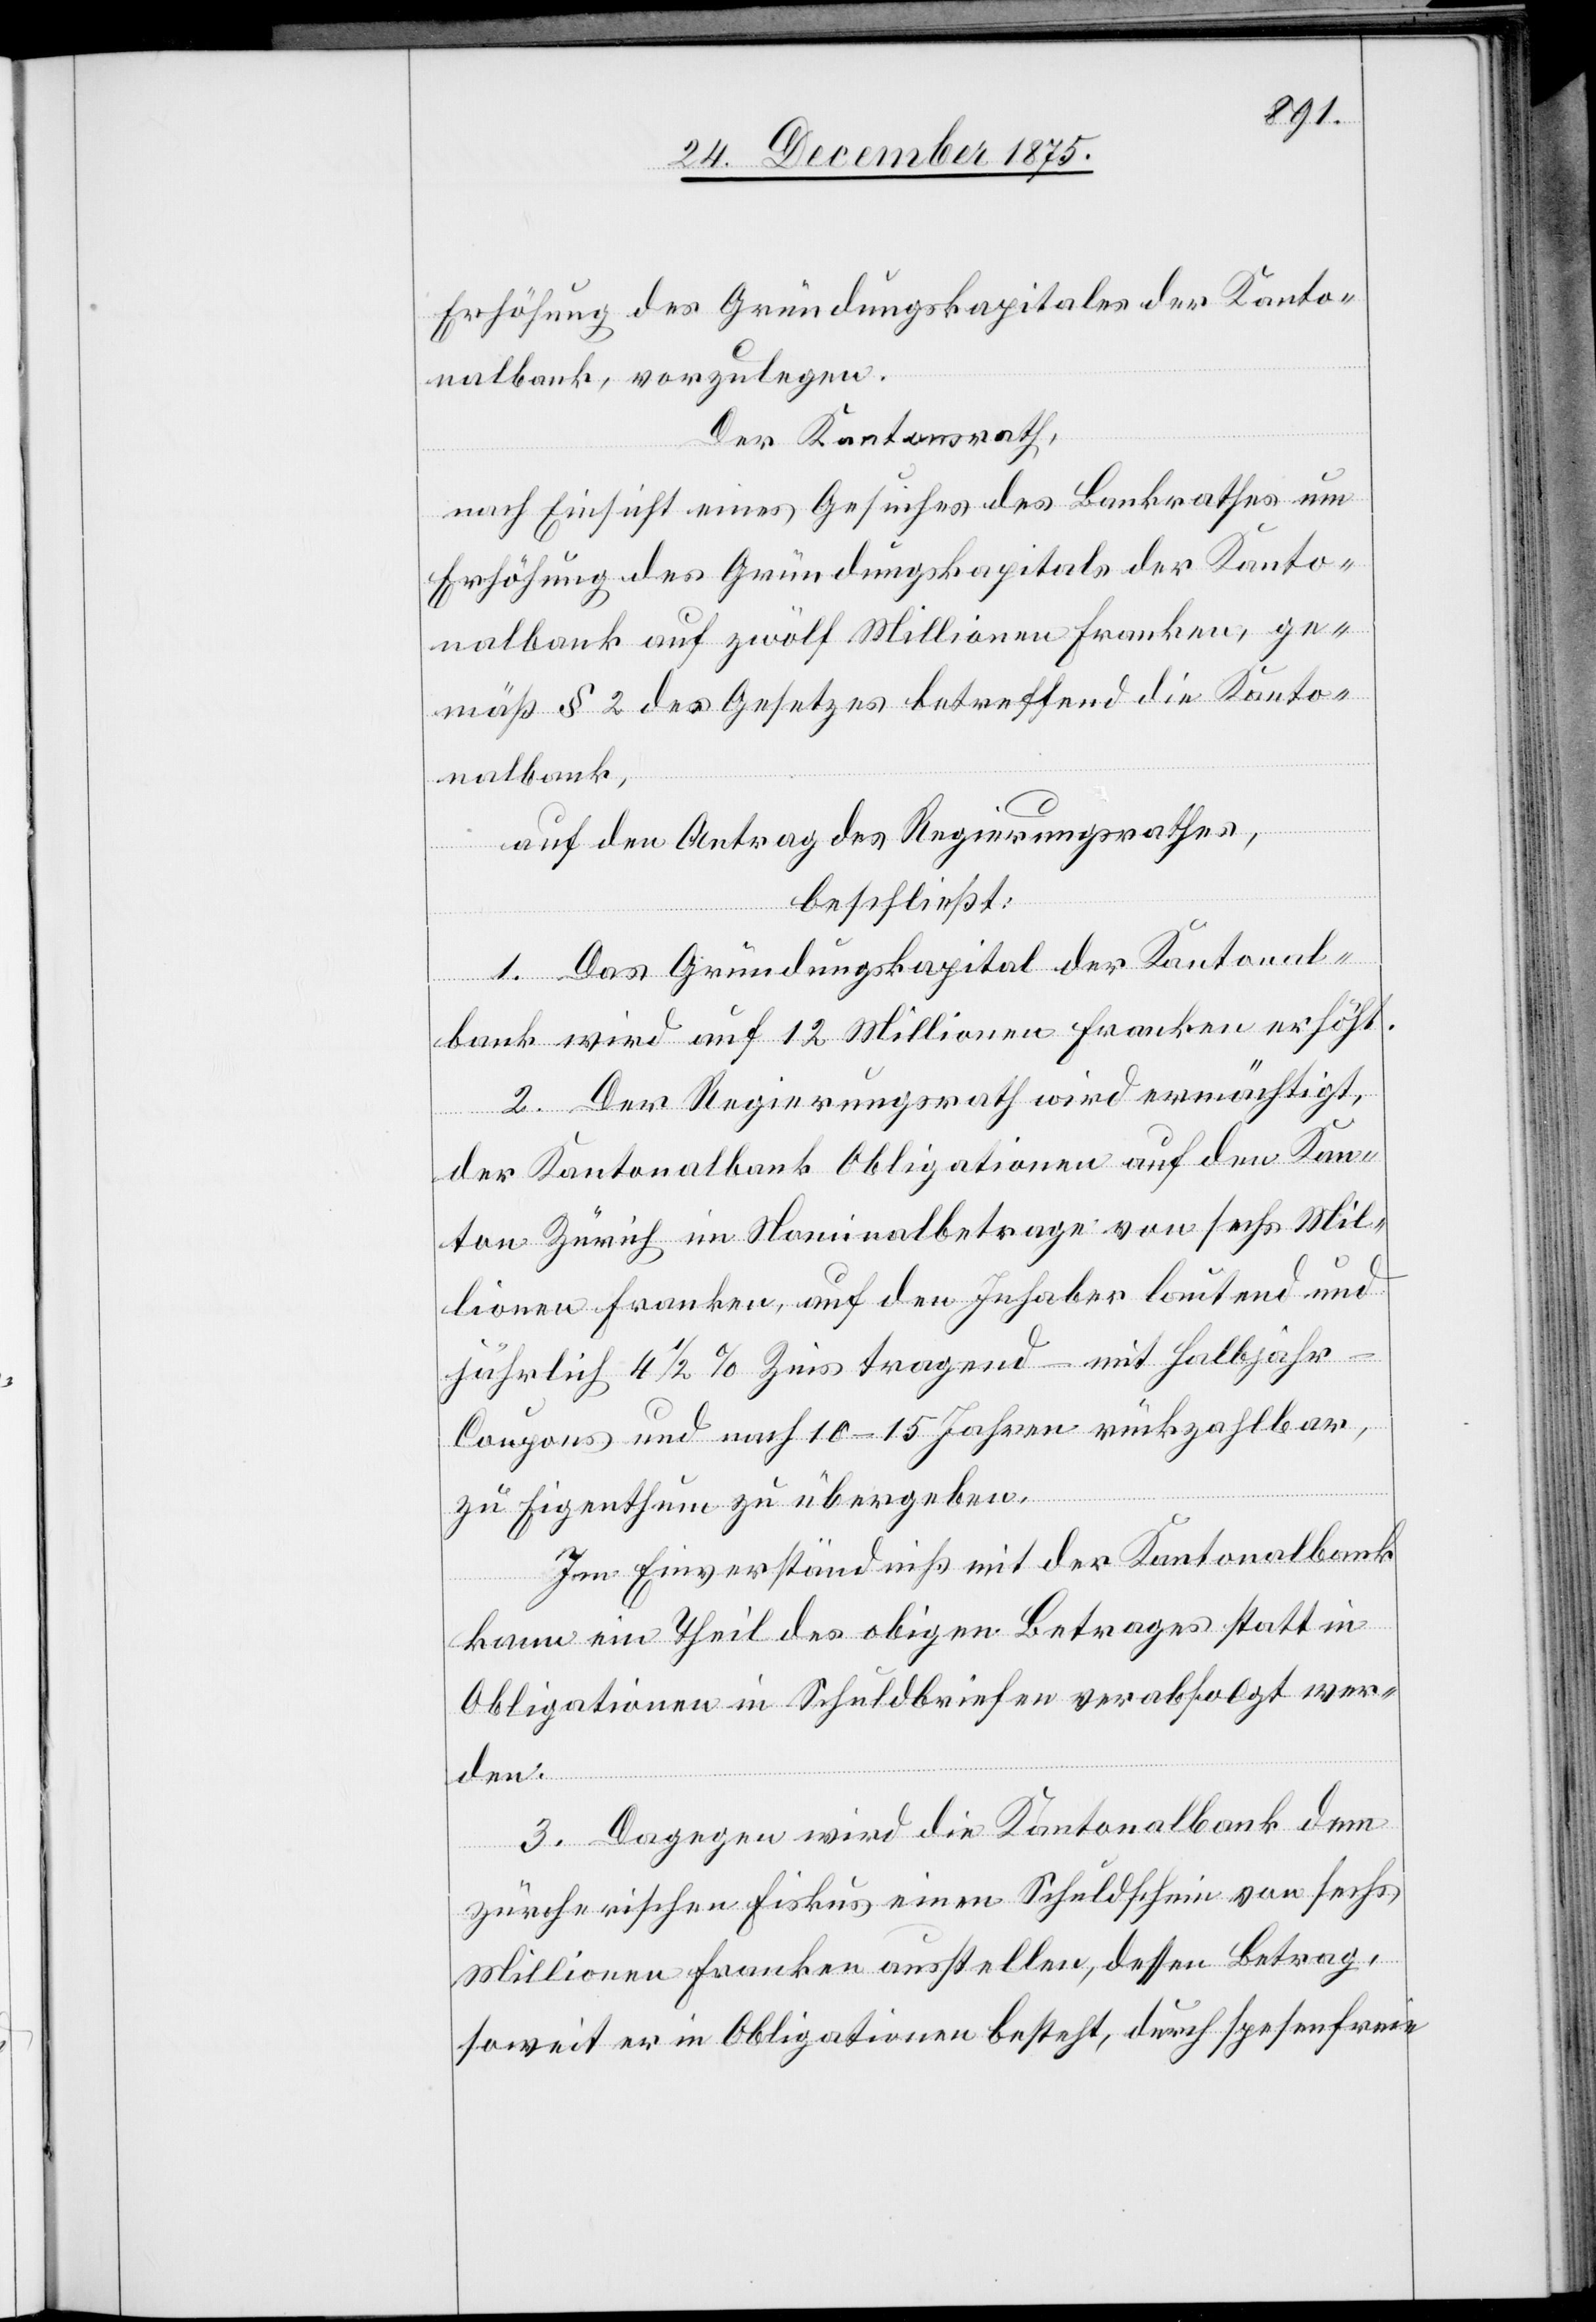
nalbank, vorzulegen.
Der Kantonsrath,
nach Einsicht eines Gesuches des Bankrathes um
Erhöhung des Gründungskapitals der Kanto¬
nalbank auf zwölf Millionen Franken, ge¬
mäß § 2 des Gesetzes betreffend die Kanto¬
nalbank,
auf den Antrag des Regierungsrathes,
beschließt:
1. Das Gründungskapital der Kantonal¬
bank wird auf 12 Millionen Franken erhöht.
2. Der Regierungsrath wird ermächtigt,
der Kantonalbank Obligationen auf den Kan¬
ton Zürich im Nominalbetrage von sechs Mil¬
lionen Franken, auf den Inhaber lautend und
jährlich 4 1/2% Zins tragend – mit Halbjah¬
r-Coupons und nach 10–15 Jahren rückzahlbar,
zu Eigenthum zu übergeben.
Im Einverständniß mit der Kantonalbank
kann ein Theil des obigen Betrages statt in
Obligationen in Schuldbriefen verabfolgt wer¬
den.
3. Dagegen wird die Kantonalbank dem
zürcherischen Fiskus einen Schuldschein von sechs
Millionen Franken ausstellen, dessen Betrag,
soweit er in Obligationen besteht, durch spesenfreie